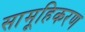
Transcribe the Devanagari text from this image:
सामूहिकरण